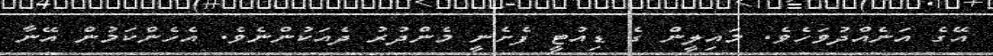
އޭގެ އަނެއްދުވަހެވެ. މައިލީން ގެ ޑިއުޓީ ފެށެނީ މެންދުރު ދެއަކުންނެވެ. އެހެންކަމުން އޭނާ